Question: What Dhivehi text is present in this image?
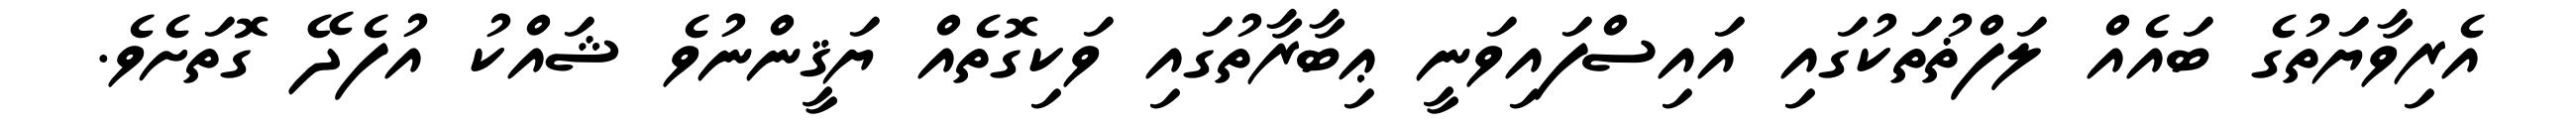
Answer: އެރިވާޔަތުގެ ބައެއް ލަފްޡުތަކުގައި އައިސްފައިވަނީ ޢިބާރާތުގައި ވަކިގޮތެއް ޔަޤީންނުވެ ޝައްކު އުފެދޭ ގޮތަށެވެ.